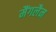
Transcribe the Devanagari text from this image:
मैंगलैन